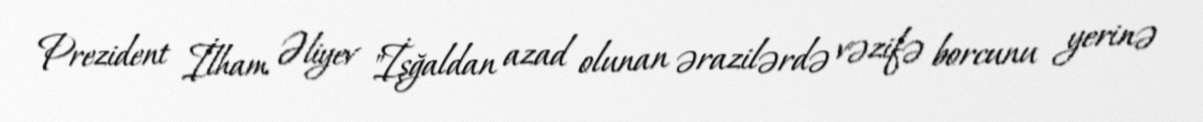
Prezident İlham Əliyev "İşğaldan azad olunan ərazilərdə vəzifə borcunu yerinə